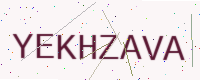
Text: YEKHZAVA